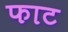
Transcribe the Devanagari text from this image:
फाट